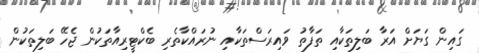
ގައިން ގަޔަށް އަރާ ބަލިތަކާއި ތަފާތު ވައިރަސްތަކާއި ނުރައްކާތެރި ބެކްޓީރިއާތަކުން ޖެހޭ ބަލިތަކުން